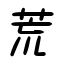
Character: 荒